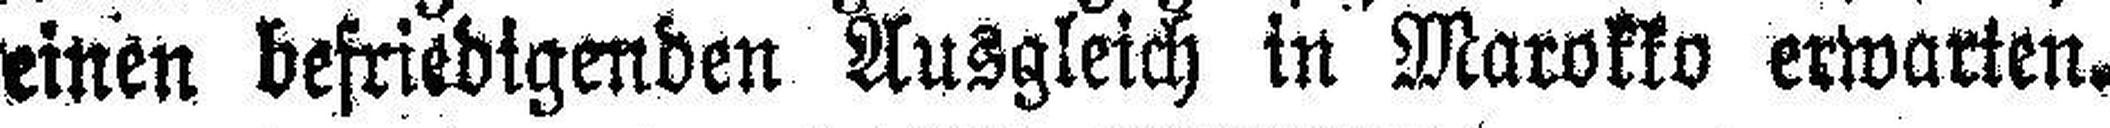
einen befriedigenden Ausgleich in Marokko erwarten.